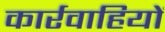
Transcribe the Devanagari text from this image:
कार्रवाहियों